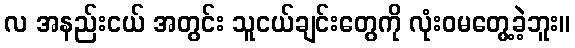
လ အနည်းငယ် အတွင်း သူငယ်ချင်းတွေကို လုံးဝမတွေ့ခဲ့ဘူး။